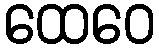
ထေဝေ